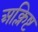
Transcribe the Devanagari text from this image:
अक्लिष्ट